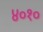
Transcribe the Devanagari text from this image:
४०१०